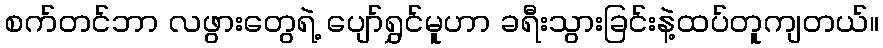
စက်တင်ဘာ လဖွားတွေရဲ့ ပျော်ရွှင်မူဟာ ခရီးသွားခြင်းနဲ့ထပ်တူကျတယ်။